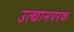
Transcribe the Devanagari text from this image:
उत्थानपरक